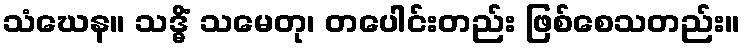
သံဃေန။ သဒ္ဓိံ သမေတု၊ တပေါင်းတည်း ဖြစ်စေသတည်း။